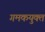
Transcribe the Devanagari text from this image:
गमकयुक्त